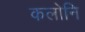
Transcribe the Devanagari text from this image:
कलोनि